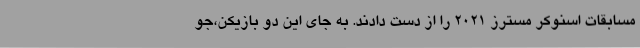
مسابقات اسنوکر مسترز 2021 را از دست دادند. به جای این دو بازیکن،جو